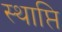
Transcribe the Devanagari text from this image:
स्थाप्ति